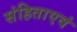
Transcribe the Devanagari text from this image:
संहिताएवं